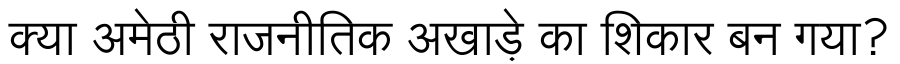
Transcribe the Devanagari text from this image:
क्या अमेठी राजनीतिक अखाड़े का शिकार बन गया?